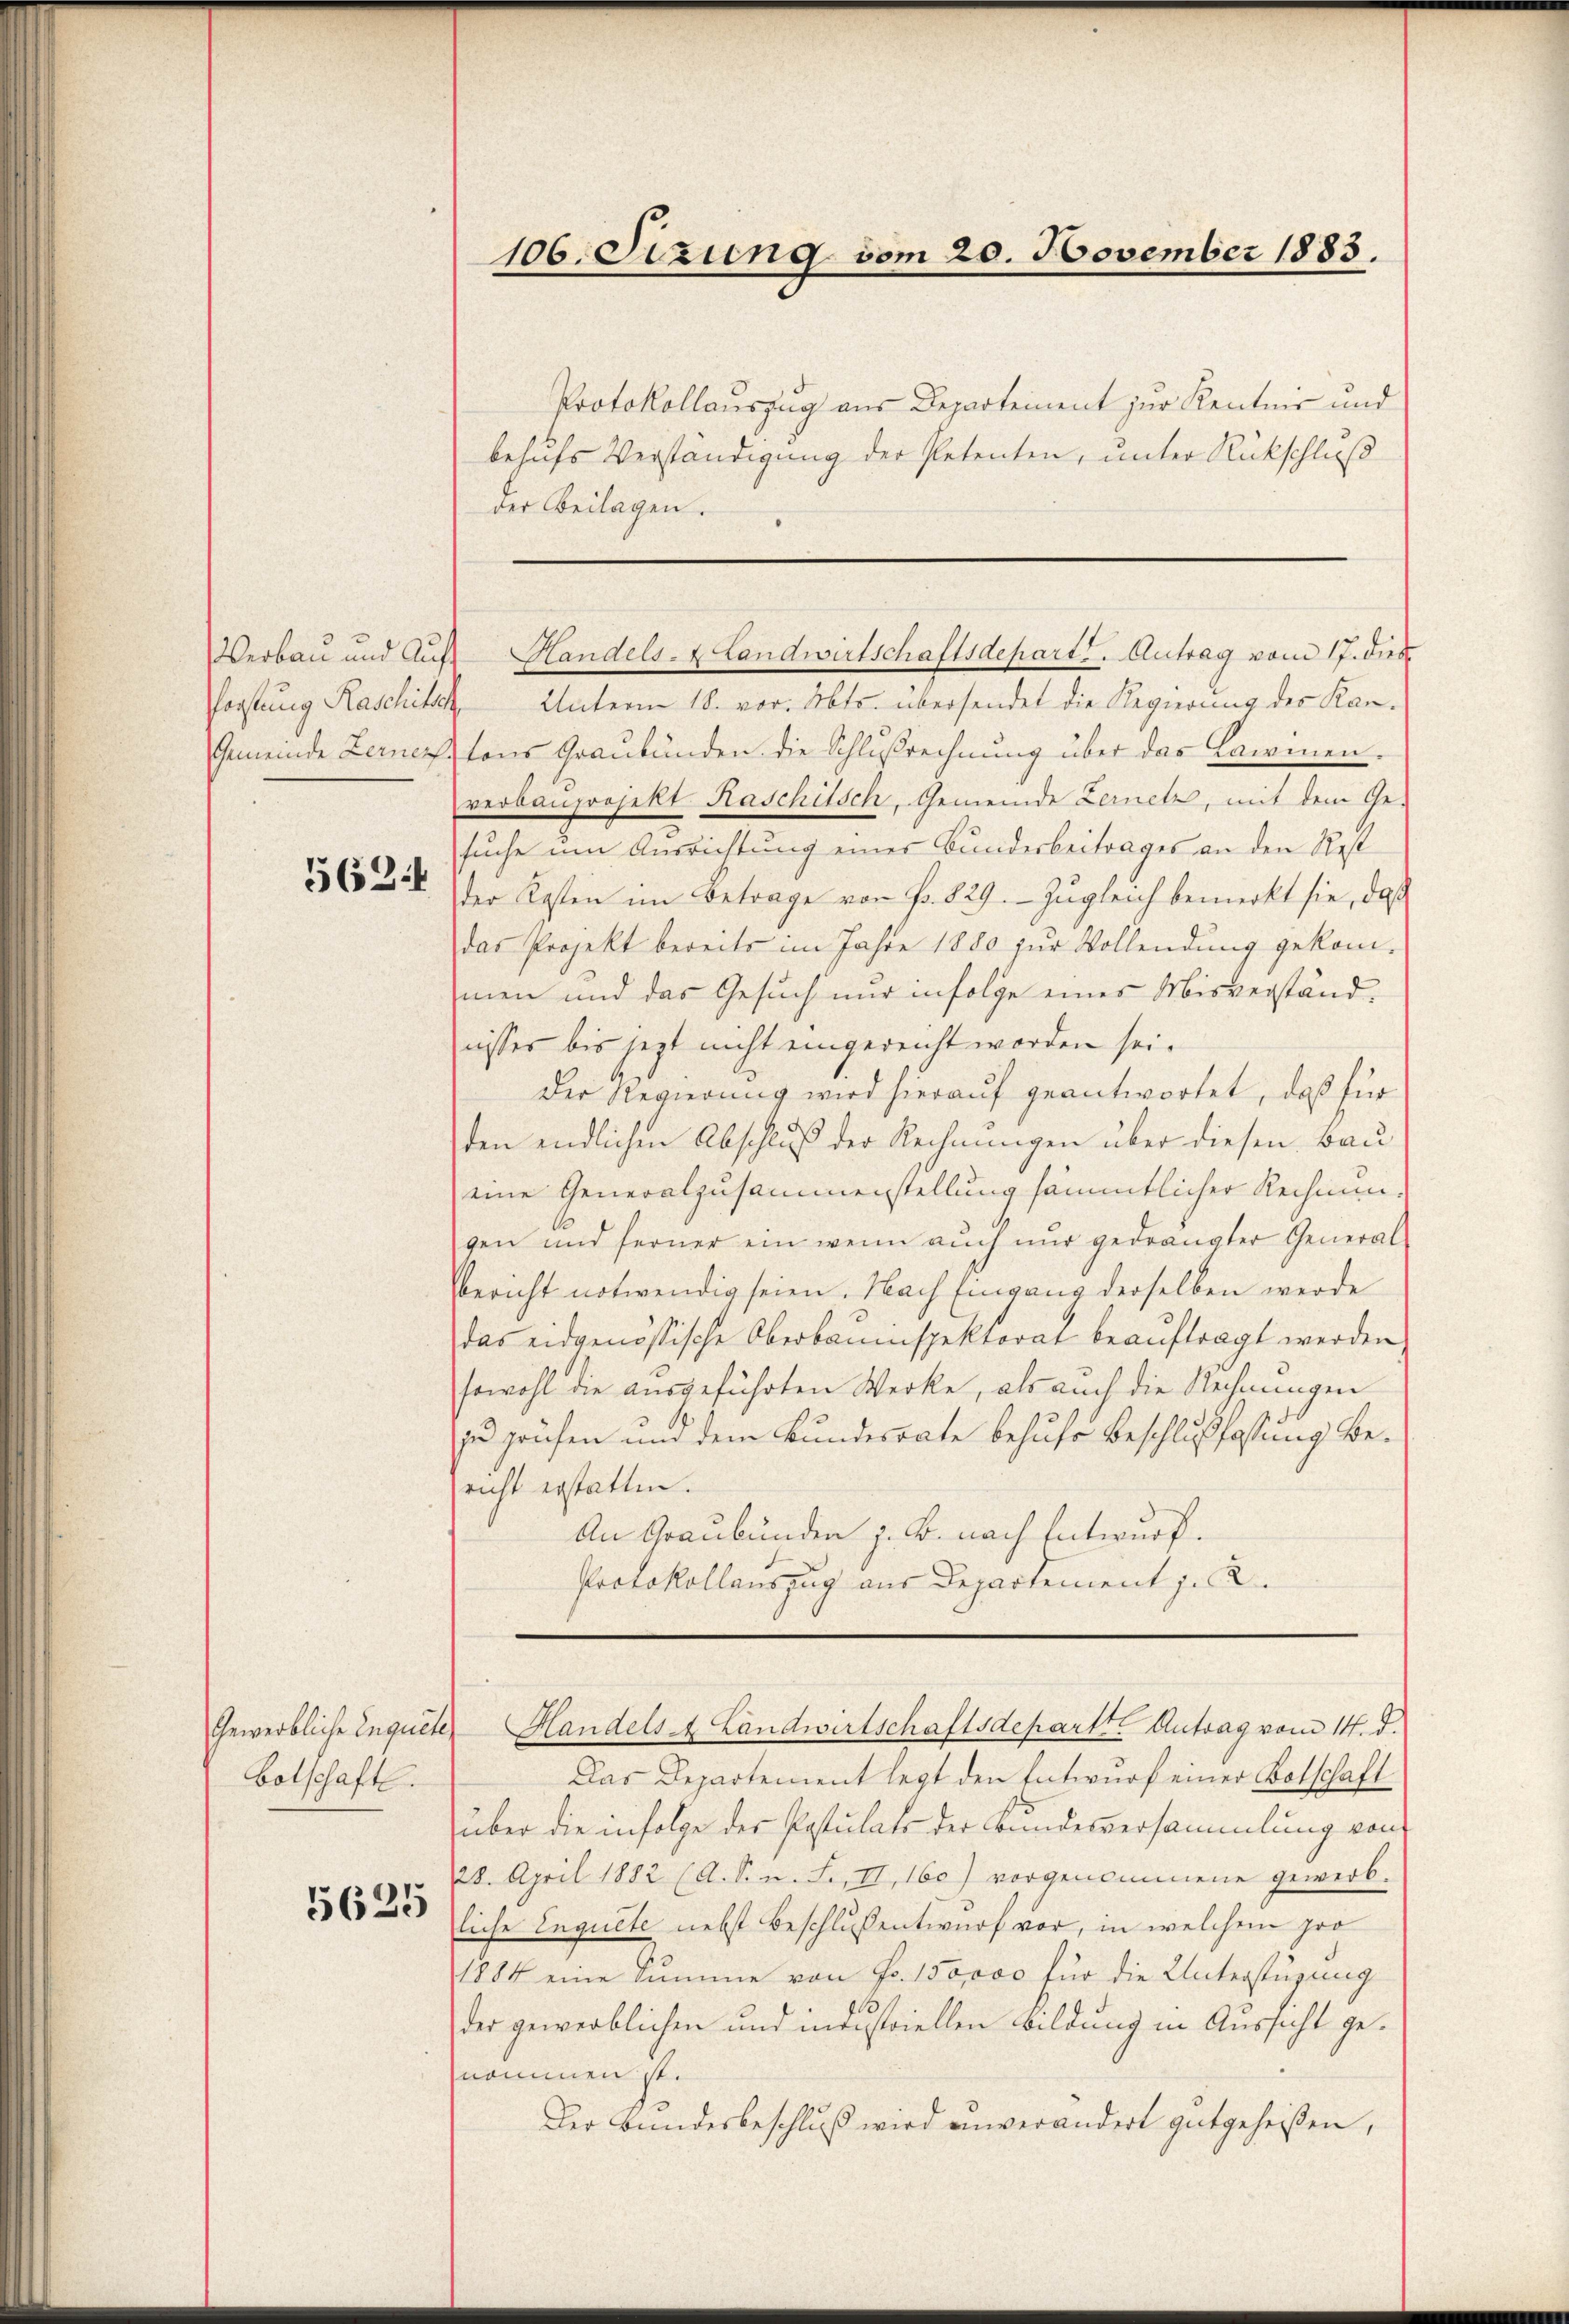
Verbau und Auf¬
Porstung Raschite

562.

Gewerbliche Inquete
Botschaft.
5625

106. Sizung vom 20. November 1885.

Protokollauszug aus Departement zur Kentnis und
behufs Verständigung der Petenten, unter Rückschluß
der Beilagen.
Unterm 18. vor. Mts. übersendet die Regierung des Kan¬
Gemeinde Ferners tons Graubünden die Schlußrechnung über das Lawinen.
verbauprojekt Kaschitsch, Gemeinde Lernetz, mit dem Ge-
suche um Ausrichtung eines Bundesbeitrages an den Rest
der Kasten im Betrage von Fr. 829. Zugleich bemerkt sie, daß
das Projekt bereits im Jahre 1880 zur Vollendung gekom-
men und das Gesuch nur infolge eines Misverständnisses bis jetzt nicht eingereicht worden sei.
Der Regierung wird hierauf geantwortet, daß für
den endlichen Abschluß der Rechnungen über diesen Bau
eine Generalzusammenstellung sämmtlicher Rechnungen und ferner ein wenn auch nŭr gedrängter General-
Bericht notwendig seien. Nach Eingang derselben werde
das eidgenössische Oberbauinspektorat beauftragt werden
sowohl die ausgeführten Werke, als auch die Rechnungen
zu prüfen und dem Bundesrate behufs Beschlußfassung bericht erstatten.
An Graubünden z. B. nach Entwurf.
Protokollauszug aus Departement J. A.

Handels- & Landwirtschaftsdeparts. Antrag vom 17. Dieb

Handels A. Landwirtschaftsdeparte Antrag vom 14. d.

Das Departement legt den Entwurf einer Botschaft
über die infolge der Postulats der Bundesversammlung von
28. April 1882 (A. S. n. F. II, 160) vorgenommene gewerb-
liche Inquete nebst Beschlußsentwurf vor, in welchem pro
1884 eine Summe von Fr. 150,000 für die Unterstüzung
6
der gewerblichen und intestriellen Bildung in Aussicht genommen ist.
Der Bundesbeschluß wird unverändert gutgeheißen,